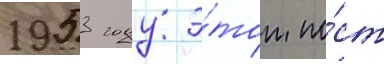
1953 году э́тот по́ст